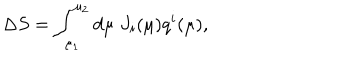
\Delta S = \int _ { \mu _ { 1 } } ^ { \mu _ { 2 } } d \mu \; J _ { i } ( \mu ) q ^ { i } ( \mu ) ,